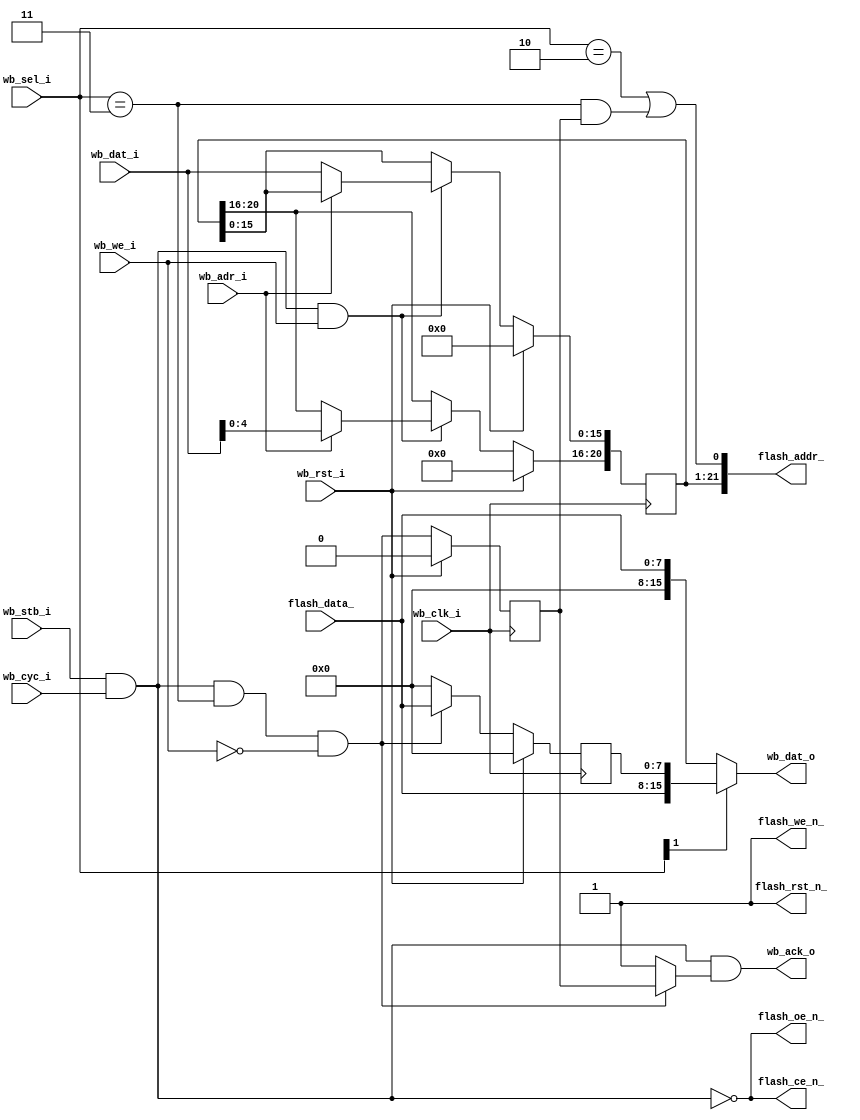
/*
 *  Wishbone Flash RAM core for Altera DE1 board
 *  Copyright (c) 2009  Zeus Gomez Marmolejo <zeus@opencores.org>
 *
 *  This file is part of the Zet processor. This processor is free
 *  hardware; you can redistribute it and/or modify it under the terms of
 *  the GNU General Public License as published by the Free Software
 *  Foundation; either version 3, or (at your option) any later version.
 *
 *  Zet is distrubuted in the hope that it will be useful, but WITHOUT
 *  ANY WARRANTY; without even the implied warranty of MERCHANTABILITY
 *  or FITNESS FOR A PARTICULAR PURPOSE. See the GNU General Public
 *  License for more details.
 *
 *  You should have received a copy of the GNU General Public License
 *  along with Zet; see the file COPYING. If not, see
 *  <http://www.gnu.org/licenses/>.
 */

module flash8 (
    // Wishbone slave interface
    input         wb_clk_i,
    input         wb_rst_i,
    input  [15:0] wb_dat_i,
    output [15:0] wb_dat_o,
    input         wb_we_i,
    input         wb_adr_i,
    input  [ 1:0] wb_sel_i,
    input         wb_stb_i,
    input         wb_cyc_i,
    output        wb_ack_o,

    // Pad signals
    output [21:0] flash_addr_,
    input  [ 7:0] flash_data_,
    output        flash_we_n_,
    output        flash_oe_n_,
    output        flash_ce_n_,
    output        flash_rst_n_
  );

  // Registers and nets
  wire        op;
  wire        wr_command;
  reg  [20:0] address;

  wire        word;
  wire        op_word;
  reg         st;
  reg  [ 7:0] lb;

  // Combinatorial logic
  assign op      = wb_stb_i & wb_cyc_i;
  assign word    = wb_sel_i==2'b11;
  assign op_word = op & word & !wb_we_i;

  assign flash_rst_n_ = 1'b1;
  assign flash_we_n_  = 1'b1;
  assign flash_oe_n_  = !op;
  assign flash_ce_n_  = !op;

  assign flash_addr_[21:1] = address;
  assign flash_addr_[0]    = (wb_sel_i==2'b10) | (word & st);
  assign wr_command        = op & wb_we_i;  // Wishbone write access Signal

  assign wb_ack_o = op & (op_word ? st : 1'b1);
  assign wb_dat_o = wb_sel_i[1] ? { flash_data_, lb }
                                : { 8'h0, flash_data_ };

  // Behaviour
  // st - state
  always @(posedge wb_clk_i)
    st <= wb_rst_i ? 1'b0 : op_word;

  // lb - low byte
  always @(posedge wb_clk_i)
    lb <= wb_rst_i ? 8'h0 : (op_word ? flash_data_ : 8'h0);

  // --------------------------------------------------------------------
  // Register addresses and defaults
  // --------------------------------------------------------------------
  `define FLASH_ALO   1'h0    // Lower 16 bits of address lines
  `define FLASH_AHI   1'h1    // Upper  6 bits of address lines
  always @(posedge wb_clk_i)  // Synchrounous
    if(wb_rst_i)
      address <= 21'h000000;  // Interupt Enable default
    else
      if(wr_command)          // If a write was requested
        case(wb_adr_i)        // Determine which register was writen to
            `FLASH_ALO: address[15: 0] <= wb_dat_i;
            `FLASH_AHI: address[20:16] <= wb_dat_i[4:0];
            default:    ;     // Default
        endcase               // End of case

endmodule